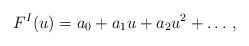
LaTeX: \begin{align*}F^I (u) = a_0 + a_1 u + a_2 u^2 + \dots \,,\end{align*}